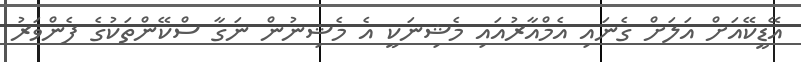
އޭޑީކޭއަށް އަލަށް ގެނައި އެމްއާރުއައި މެޝިނަކީ އެ މެޝިނުން ނަގާ ސްކޭންތަކުގެ ފެންވަރު